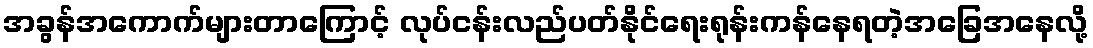
အခွန်အကောက်များတာကြောင့် လုပ်ငန်းလည်ပတ်နိုင်ရေးရုန်းကန်နေရတဲ့အခြေအနေလို့